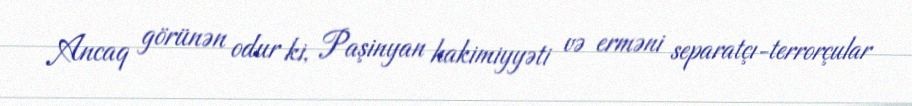
Ancaq görünən odur ki, Paşinyan hakimiyyəti və erməni separatçı-terrorçular